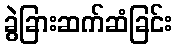
ခွဲခြားဆက်ဆံခြင်း